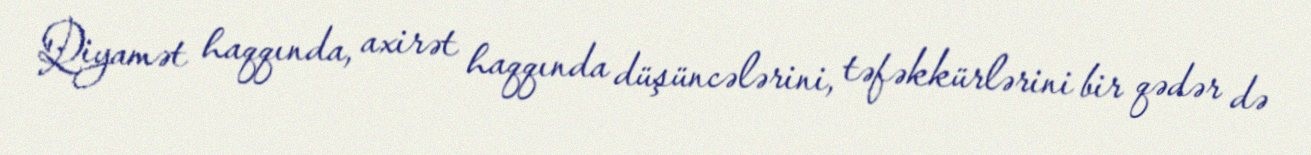
Qiyamət haqqında, axirət haqqında düşüncələrini, təfəkkürlərini bir qədər də